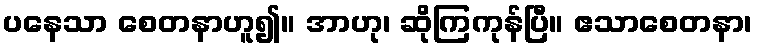
ပနေသာ စေတနာဟူ၍။ အာဟု၊ ဆိုကြကုန်ပြီ။ ဧသာစေတနာ၊